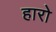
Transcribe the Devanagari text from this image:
हारो